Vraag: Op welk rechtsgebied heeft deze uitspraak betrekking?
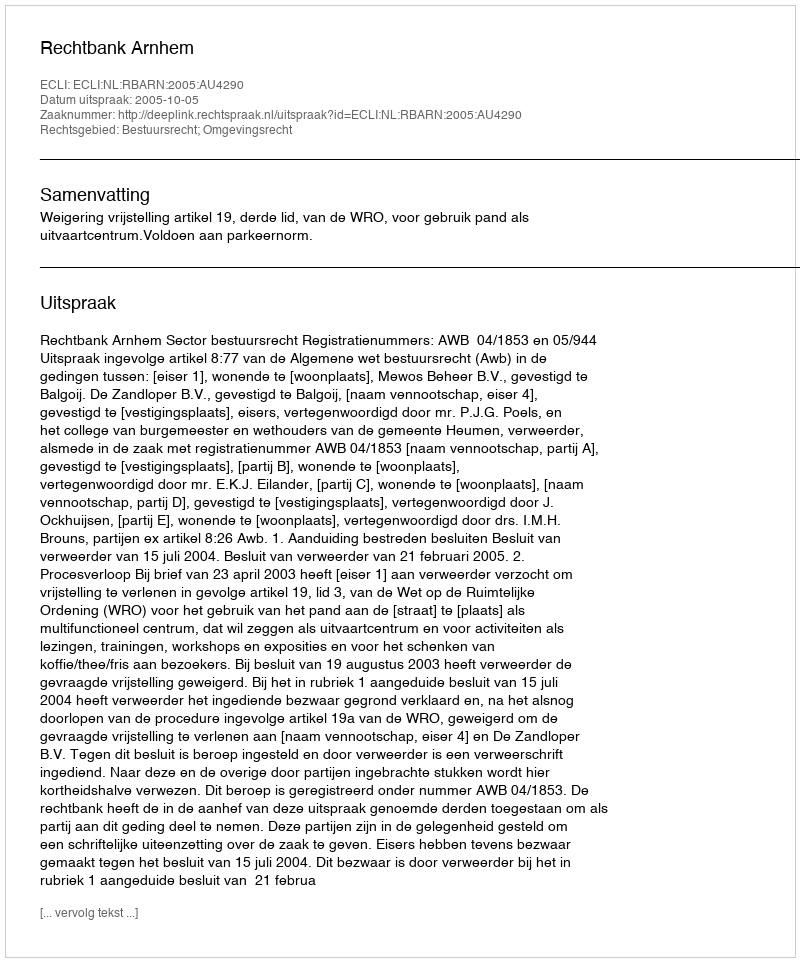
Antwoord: Bestuursrecht; Omgevingsrecht